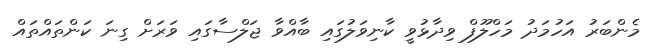
މެންބަރު އަހުމަދު މަހްލޫފް ވިދާޅުވީ ކާނިވަލުގައި ބާއްވާ ޖަލްސާގައި ވަރަށް ގިނަ ކަންތައްތައް